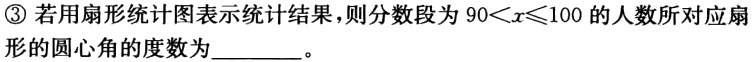
\textcircled{3} 若用扇形统计图表示统计结果，则分数段为\(90 < x\leqslant100\)的人数所对应扇形的圆心角的度数为________。